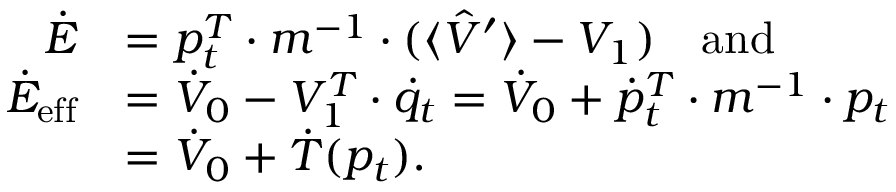
\begin{array} { r l } { \dot { E } } & { = p _ { t } ^ { T } \cdot m ^ { - 1 } \cdot ( \langle \hat { V } ^ { \prime } \rangle - V _ { 1 } ) \mathrm { ~ \ \ a n d } } \\ { \dot { E } _ { \mathrm { e f f } } } & { = \dot { V } _ { 0 } - V _ { 1 } ^ { T } \cdot \dot { q } _ { t } = \dot { V } _ { 0 } + \dot { p } _ { t } ^ { T } \cdot m ^ { - 1 } \cdot p _ { t } } \\ & { = \dot { V } _ { 0 } + \dot { T } ( p _ { t } ) . } \end{array}